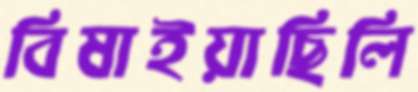
বিষাইয়াছিলি